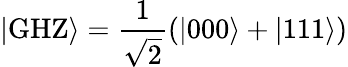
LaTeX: |\mathrm{GHZ}\rangle=\frac{1}{\sqrt{2}}(|000\rangle+|111\rangle)